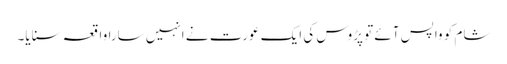
شام کو واپس آئے تو پڑوس کی ایک عورت نے انہیں سارا واقعہ سنایا۔